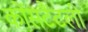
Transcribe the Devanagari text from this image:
कोंसटैंटली